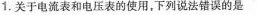
1.关于电流表和电压表的使用，下列说法错误的是